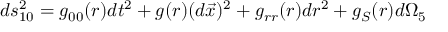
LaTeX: d s _ { 1 0 } ^ { 2 } = g _ { 0 0 } ( r ) d t ^ { 2 } + g ( r ) ( d \vec { x } ) ^ { 2 } + g _ { r r } ( r ) d r ^ { 2 } + g _ { S } ( r ) d \Omega _ { 5 }